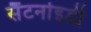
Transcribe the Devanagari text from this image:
सैंटर्नाइडी